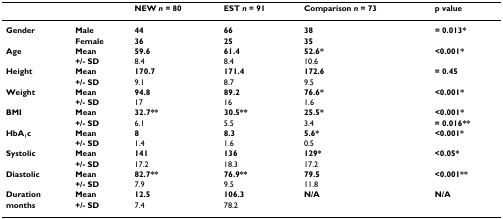
<table><thead><tr><td></td><td></td><td><b>NEW <i>n </i>= 80</b></td><td><b>EST <i>n </i>= 91</b></td><td><b>Comparison <i>n </i>= 73</b></td><td><b>p value</b></td></tr></thead><tbody><tr><td><b>Gender</b></td><td><b>Male</b></td><td><b>44</b></td><td><b>66</b></td><td><b>38</b></td><td><b>= 0.013*</b></td></tr><tr><td></td><td><b>Female</b></td><td><b>36</b></td><td><b>25</b></td><td><b>35</b></td><td></td></tr><tr><td><b>Age</b></td><td><b>Mean</b></td><td><b>59.6</b></td><td><b>61.4</b></td><td><b>52.6*</b></td><td><b>&lt;0.001*</b></td></tr><tr><td></td><td><b>+/- SD</b></td><td>8.4</td><td>8.4</td><td>10.6</td><td></td></tr><tr><td><b>Height</b></td><td><b>Mean</b></td><td><b>170.7</b></td><td><b>171.4</b></td><td><b>172.6</b></td><td><b>= 0.45</b></td></tr><tr><td></td><td><b>+/- SD</b></td><td>9.1</td><td>8.7</td><td>9.5</td><td></td></tr><tr><td><b>Weight</b></td><td><b>Mean</b></td><td><b>94.8</b></td><td><b>89.2</b></td><td><b>76.6*</b></td><td><b>&lt;0.001*</b></td></tr><tr><td></td><td><b>+/- SD</b></td><td>17</td><td>16</td><td>1.6</td><td></td></tr><tr><td><b>BMI</b></td><td><b>Mean</b></td><td><b>32.7**</b></td><td><b>30.5**</b></td><td><b>25.5*</b></td><td><b>&lt;0.001*</b></td></tr><tr><td></td><td><b>+/- SD</b></td><td>6.1</td><td>5.5</td><td>3.4</td><td><b>= 0.016**</b></td></tr><tr><td><b>HbA</b><sub>1</sub><b>c</b></td><td><b>Mean</b></td><td><b>8</b></td><td><b>8.3</b></td><td><b>5.6*</b></td><td><b>&lt;0.001*</b></td></tr><tr><td></td><td><b>+/- SD</b></td><td>1.4</td><td>1.6</td><td>0.5</td><td></td></tr><tr><td><b>Systolic</b></td><td><b>Mean</b></td><td><b>141</b></td><td><b>136</b></td><td><b>129*</b></td><td><b>&lt;0.05*</b></td></tr><tr><td></td><td><b>+/- SD</b></td><td>17.2</td><td>18.3</td><td>17.2</td><td></td></tr><tr><td><b>Diastolic</b></td><td><b>Mean</b></td><td><b>82.7**</b></td><td><b>76.9**</b></td><td><b>79.5</b></td><td><b>&lt;0.001**</b></td></tr><tr><td></td><td><b>+/- SD</b></td><td>7.9</td><td>9.5</td><td>11.8</td><td></td></tr><tr><td><b>Duration</b></td><td><b>Mean</b></td><td><b>12.5</b></td><td><b>106.3</b></td><td><b>N/A</b></td><td><b>N/A</b></td></tr><tr><td><b>months</b></td><td><b>+/- SD</b></td><td>7.4</td><td>78.2</td><td></td><td></td></tr></tbody></table>